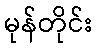
မုန်တိုင်း